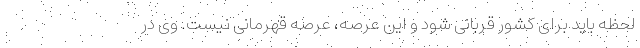
لحظه باید برای کشور قربانی شود و این عرصه، عرصه قهرمانی نیست. وی در